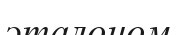
эталоном